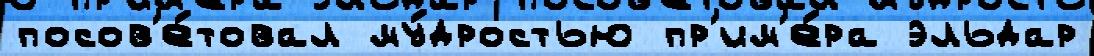
посов'е́товал му́дростью пр'им'е́ра эльдар